Scottish Leaving Certificate Examination, 1961
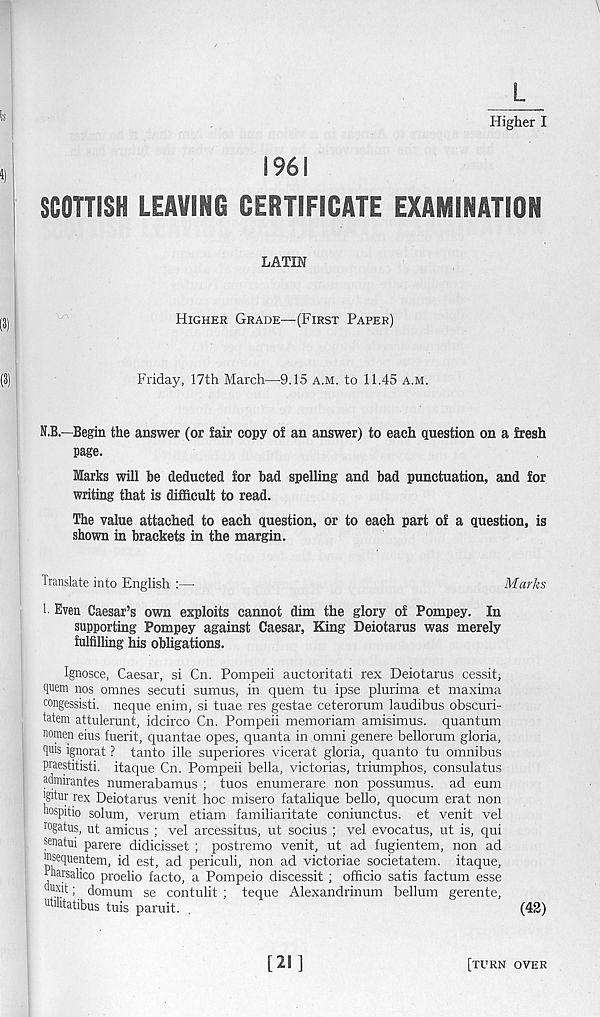
_L_
Higher I
1961
SCOTTISH LEAVINC CERTIFICATE EXAMINATION
LATIN
Higher Grade—(First Paper)
Friday, 17th March—9.15 a.m. to 11.45 a.m.
N.B.—Begin the answer (or fair copy of an answer) to each question on a fresh
page.
Marks will be deducted for bad spelling and bad punctuation, and for
writing that is difficult to read.
The value attached to each question, or to each part of a question, is
shown in brackets in the margin.
Translate into English :—
Marks
1. Even Caesar’s own exploits cannot dim the glory of Pompey. In
supporting Pompey against Caesar, King Deiotarus was merely
fulfilling his obligations.
Ignosce, Caesar, si Cn. Pompeii auctoritati rex Deiotarus cessit;
quern nos omnes secuti sumus, in quem tu ipse plurima et maxima
congessisti. neque enim, si tuae res gestae ceterorum laudibus obscuri-
tatem attulerunt, idcirco Cn. Pompeii memoriam amisimus. quantum
nomen eius fuerit, quantae opes, quanta in omni genere bellorum gloria,
guis ignorat ? tanto file superiores vicerat gloria, quanto tu omnibus
praestitisti. itaque Cn. Pompeii bella, victorias, triumphos, consulatus
admirantes numerabamus ; tuos enumerare non possumus. ad eum
■gitur rex Deiotarus venit hoc misero fatalique bello, quocum erat non
hospitio solum, verum etiam familiaritate coniunctus. et venit vel
ro gatus, ut amicus ; vel arcessitus, ut socius ; vel evocatus, ut is, qui
senatui parere didicisset ; postremo venit, ut ad fugientem, non ad
ffisequentem, id est, ad periculi, non ad victoriae societatem. itaque,
toarsalico proelio facto, a Pompeio discessit ; officio satis factum esse
Quxrt; domum se contulit ; teque Alexandrinum helium gerente,
utuitatibus tuis paruit. .
(42)
[21]
[turn over